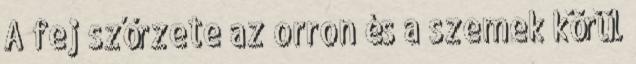
A fej szőrzete az orron és a szemek körül